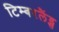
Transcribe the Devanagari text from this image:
टिम्बरलैंड्स